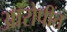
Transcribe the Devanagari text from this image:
आरोपींत